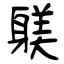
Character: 躾